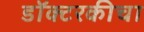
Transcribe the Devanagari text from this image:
डॉक्टरकीचा